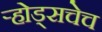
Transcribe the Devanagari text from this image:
ऱ्होड्सचेच